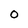
Character: 0